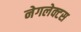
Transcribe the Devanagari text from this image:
नेगलेक्टस